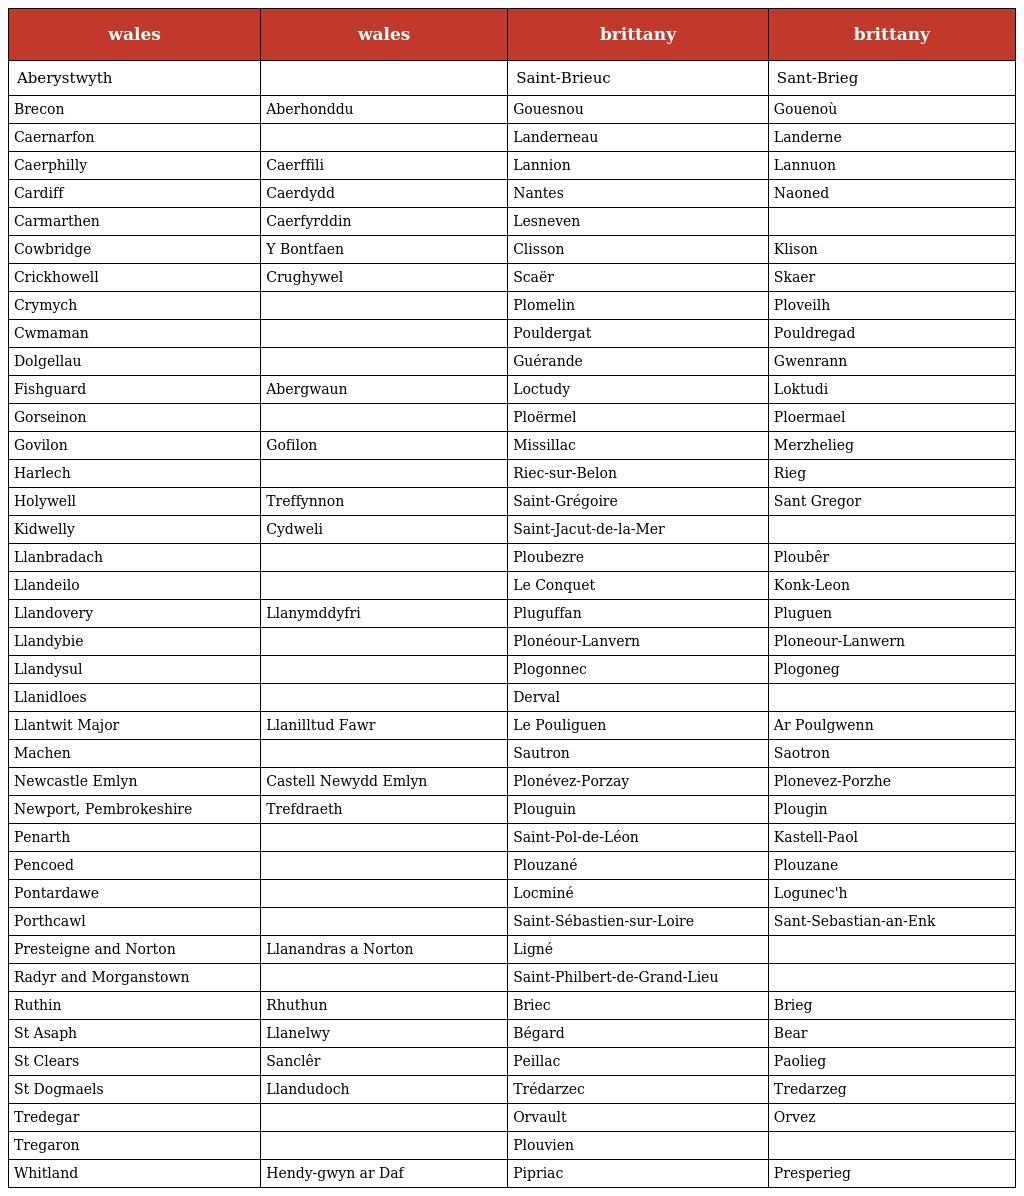
| wales | wales | brittany | brittany |
 | --- | --- | --- | --- |
 | Aberystwyth |  | Saint-Brieuc | Sant-Brieg |
 | Brecon | Aberhonddu | Gouesnou | Gouenoù |
 | Caernarfon |  | Landerneau | Landerne |
 | Caerphilly | Caerffili | Lannion | Lannuon |
 | Cardiff | Caerdydd | Nantes | Naoned |
 | Carmarthen | Caerfyrddin | Lesneven |  |
 | Cowbridge | Y Bontfaen | Clisson | Klison |
 | Crickhowell | Crughywel | Scaër | Skaer |
 | Crymych |  | Plomelin | Ploveilh |
 | Cwmaman |  | Pouldergat | Pouldregad |
 | Dolgellau |  | Guérande | Gwenrann |
 | Fishguard | Abergwaun | Loctudy | Loktudi |
 | Gorseinon |  | Ploërmel | Ploermael |
 | Govilon | Gofilon | Missillac | Merzhelieg |
 | Harlech |  | Riec-sur-Belon | Rieg |
 | Holywell | Treffynnon | Saint-Grégoire | Sant Gregor |
 | Kidwelly | Cydweli | Saint-Jacut-de-la-Mer |  |
 | Llanbradach |  | Ploubezre | Ploubêr |
 | Llandeilo |  | Le Conquet | Konk-Leon |
 | Llandovery | Llanymddyfri | Pluguffan | Pluguen |
 | Llandybie |  | Plonéour-Lanvern | Ploneour-Lanwern |
 | Llandysul |  | Plogonnec | Plogoneg |
 | Llanidloes |  | Derval |  |
 | Llantwit Major | Llanilltud Fawr | Le Pouliguen | Ar Poulgwenn |
 | Machen |  | Sautron | Saotron |
 | Newcastle Emlyn | Castell Newydd Emlyn | Plonévez-Porzay | Plonevez-Porzhe |
 | Newport, Pembrokeshire | Trefdraeth | Plouguin | Plougin |
 | Penarth |  | Saint-Pol-de-Léon | Kastell-Paol |
 | Pencoed |  | Plouzané | Plouzane |
 | Pontardawe |  | Locminé | Logunec'h |
 | Porthcawl |  | Saint-Sébastien-sur-Loire | Sant-Sebastian-an-Enk |
 | Presteigne and Norton | Llanandras a Norton | Ligné |  |
 | Radyr and Morganstown |  | Saint-Philbert-de-Grand-Lieu |  |
 | Ruthin | Rhuthun | Briec | Brieg |
 | St Asaph | Llanelwy | Bégard | Bear |
 | St Clears | Sanclêr | Peillac | Paolieg |
 | St Dogmaels | Llandudoch | Trédarzec | Tredarzeg |
 | Tredegar |  | Orvault | Orvez |
 | Tregaron |  | Plouvien |  |
 | Whitland | Hendy-gwyn ar Daf | Pipriac | Presperieg |